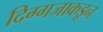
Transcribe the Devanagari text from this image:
दिग्गजाकडून